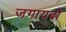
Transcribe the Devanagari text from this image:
जगायबो